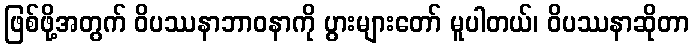
ဖြစ်ဖို့အတွက် ဝိပဿနာဘာဝနာကို ပွားများတော် မူပါတယ်၊ ဝိပဿနာဆိုတာ